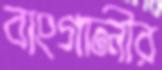
বাংগালীর